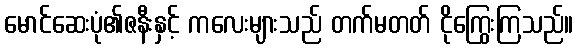
မောင်ဆေးပုံ၏ဇနီးနှင့် ကလေးများသည် တက်မတတ် ငိုကြွေးကြသည်။